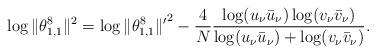
LaTeX: \begin{align*} \log\|\theta _{1,1}^{8}\|^{2}= \log{\|\theta _{1,1}^{8}\|'}^{2}-\frac{4}{N} \frac{\log (u_{\nu }\bar u_{\nu })\log (v_{\nu }\bar v_{\nu })} {\log (u_{\nu }\bar u_{\nu })+\log (v_{\nu }\bar v_{\nu })}. \end{align*}